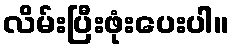
လိမ်းပြီးဖုံးပေးပါ။